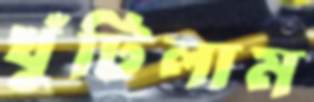
খুঁটিলাম